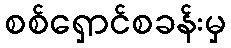
စစ်ရှောင်စခန်းမှ